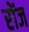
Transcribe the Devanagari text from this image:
रोंज